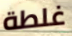
غلطة